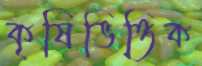
কৃষিভিত্তিক